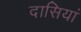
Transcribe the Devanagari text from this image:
दासियां